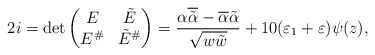
\begin{align*} 2i = \det \begin{pmatrix} E & \tilde{E} \\ E^{\#} & \tilde{E}^{\#} \end{pmatrix} = \frac{ \alpha \overline{ \tilde{\alpha } } - \overline{\alpha} \tilde{\alpha} }{\sqrt{w \tilde{w}} } + 10(\varepsilon_1 + \varepsilon)\psi(z),\end{align*}